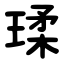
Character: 瑈